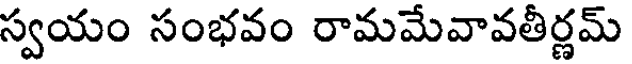
స్వయం సంభవం రామమేవావతీర్ణమ్